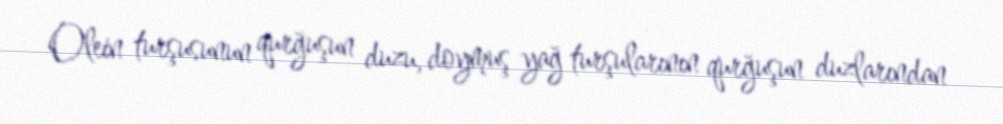
Olein turşusunun qurğuşun duzu, doymuş yağ turşularının qurğuşun duzlarından